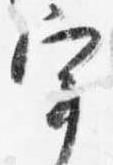
宰